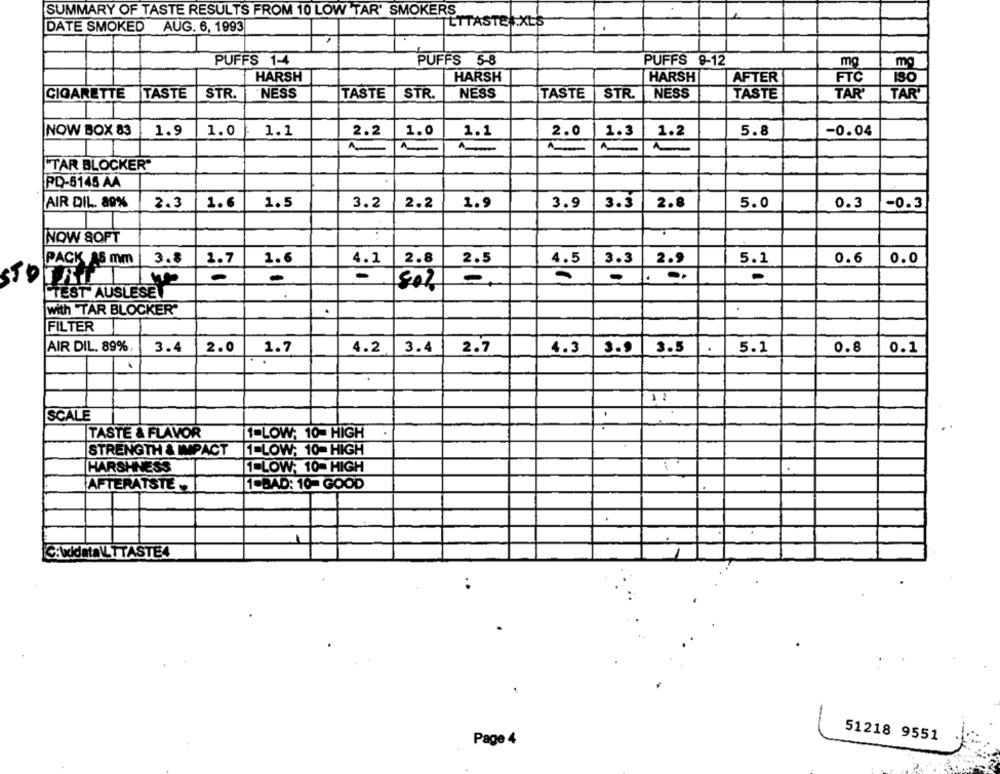
SUMMARY OF TASTE RESULTS FROM 10 LOW TAR' SMOKERS
LTTASTE .XLS
DATE SMOKED AUG. 6, 1993
PUFFS 1-4
PUFFS 5-8
PUFFS 9-12
mg
mg
HARSH
HARSH
HARSH
AFTER
FTC
NESS
NESS
NESS
CIGARETTE
TASTE
STR.
TASTE
STR.
TASTE
STR.
TASTE
TAR'
TAR'
NOW BOX 83
1.9
1.0
1.1
2.2
1.0
5.8
-0.04
1.1
2.0
1.3
1.2
"TAR BLOCKER"
PD-5145 AA
AIR DIL. 89%
2.3
1.6
1.5
3.2
2.2
1.9
3.9
3.3
2.8
5.0
0.3
-0.3
NOW SOFT
PACK 15 mm
3.8
1.7
1.6
4.1
2.8
2.5
4.5
3.3
2.9
5.1
0.6
0.0
-
-
. ..
STOTAIL
-
50%
TEST' AUSLESE
with "TAR BLOCKER"
.
FILTER
AIR DIL. 89%,
3.4
2.0
1.7
4.2
3.4
3.9
3.5
.
5.1
0.8
2.7
4.3
0.1
SCALE
.
1-LOW; 10- HIGH
TASTE & FLAVOR
STRENGTH & IMPACT
1-LOW; 10- HIGH
HARSHNESS
1-LOW; 10- HIGH
AFTERATSTE
1-BAD: 10- GOOD
C:\ddata\_TTASTE4
51218 9551
Page 4